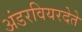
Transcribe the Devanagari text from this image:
अंडरवियरदेते